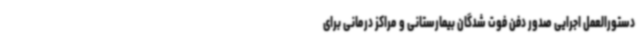
دستورالعمل اجرایی صدور دفن فوت شدگان بیمارستانی و مراکز درمانی برای